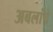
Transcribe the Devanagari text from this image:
अबलांचे